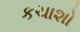
કચાશો